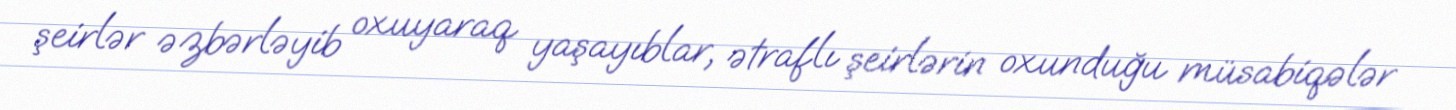
şeirlər əzbərləyib oxuyaraq yaşayıblar, ətraflı şeirlərin oxunduğu müsabiqələr